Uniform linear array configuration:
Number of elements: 4
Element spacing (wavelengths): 0.25
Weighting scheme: kaiser
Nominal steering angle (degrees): -60
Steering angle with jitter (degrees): -61.392
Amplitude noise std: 0.05
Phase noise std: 0.05

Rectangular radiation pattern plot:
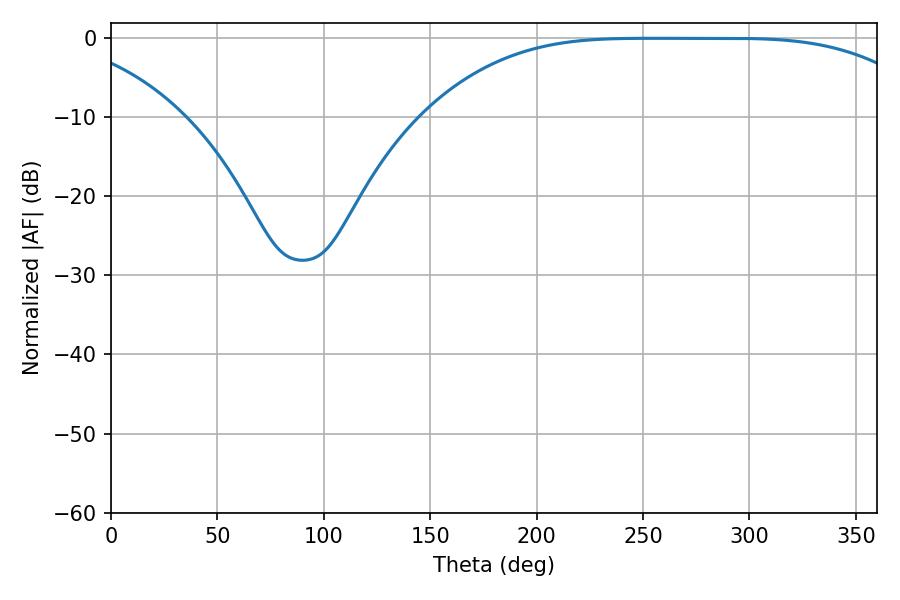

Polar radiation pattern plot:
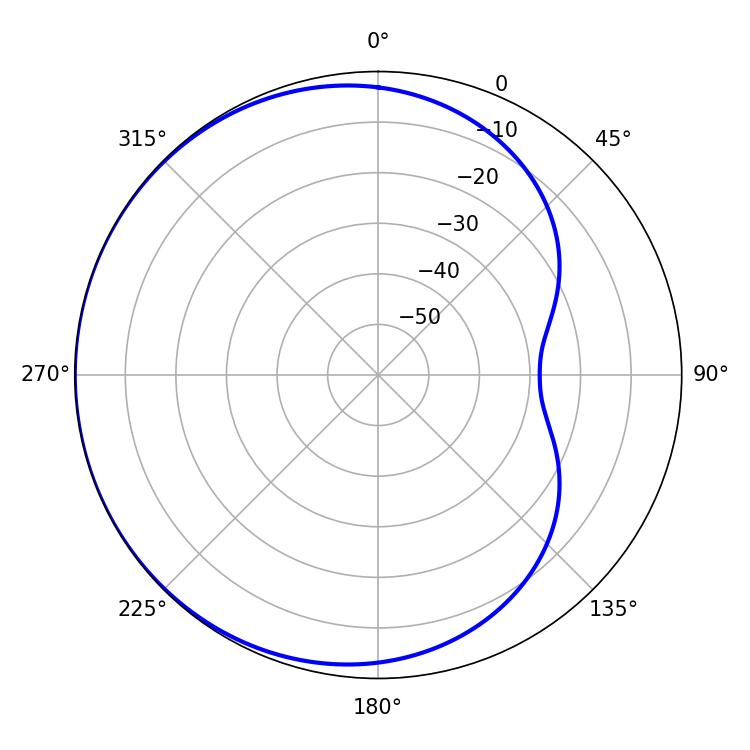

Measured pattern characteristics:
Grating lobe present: FALSE
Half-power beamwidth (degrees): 177.84
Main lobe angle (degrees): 253.98